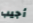
أجيب